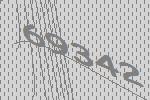
69342